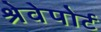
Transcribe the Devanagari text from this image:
श्रेवेपोर्ट